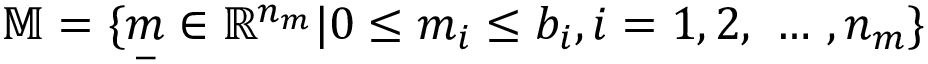
\mathbb { M } = \{ \underset { - } { m } \in \mathbb { R } ^ { n _ { m } } | 0 \leq m _ { i } \leq b _ { i } , i = 1 , 2 , \mathrm { ~ \ldots ~ } , n _ { m } \}